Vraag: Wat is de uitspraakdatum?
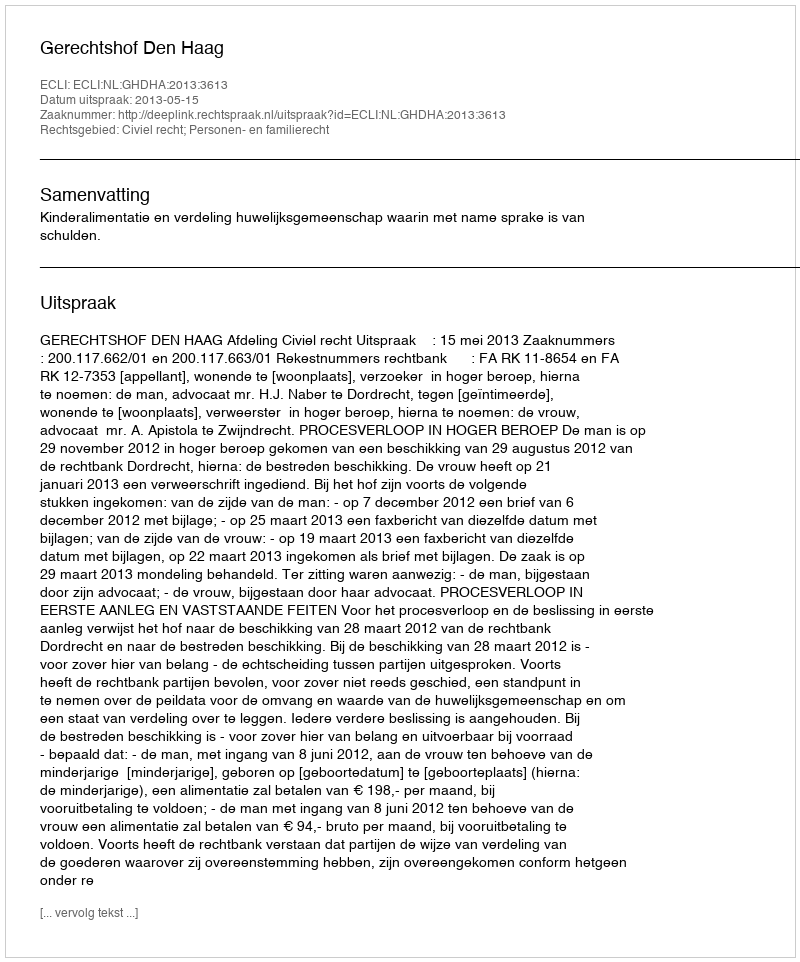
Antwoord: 2013-05-15